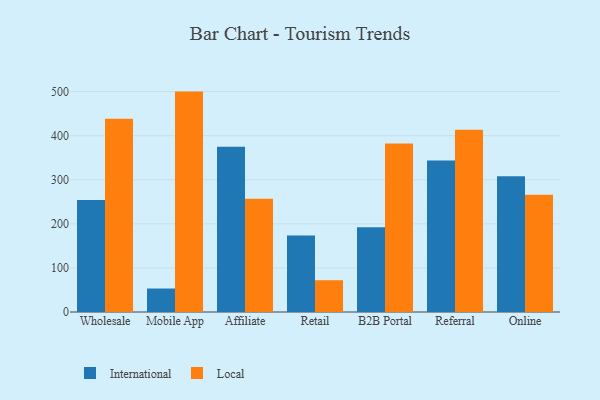
{"axis": {"x": "Channel", "y": "Market Share (%)"}, "legend": ["International", "Local"], "data": [{"x": "Wholesale", "y": 254.1, "type": "International"}, {"x": "Wholesale", "y": 438.5, "type": "Local"}, {"x": "Mobile App", "y": 53.3, "type": "International"}, {"x": "Mobile App", "y": 500.0, "type": "Local"}, {"x": "Affiliate", "y": 374.8, "type": "International"}, {"x": "Affiliate", "y": 257.0, "type": "Local"}, {"x": "Retail", "y": 173.6, "type": "International"}, {"x": "Retail", "y": 72.1, "type": "Local"}, {"x": "B2B Portal", "y": 192.5, "type": "International"}, {"x": "B2B Portal", "y": 382.2, "type": "Local"}, {"x": "Referral", "y": 343.7, "type": "International"}, {"x": "Referral", "y": 413.4, "type": "Local"}, {"x": "Online", "y": 307.9, "type": "International"}, {"x": "Online", "y": 265.8, "type": "Local"}]}